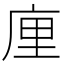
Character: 㢆